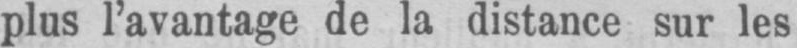
plus l’avantage de la distance sur les